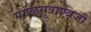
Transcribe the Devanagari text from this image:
मंगळसूत्राऐवजी